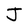
Character: J